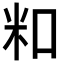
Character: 𬖏